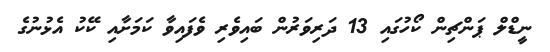
ނީޑްލް ޕަންޗިން ކޯހުގައި 13 ދަރިވަރުން ބައިވެރި ވެފައިވާ ކަމަށާއި ކޭކު އެޅުނުގެ